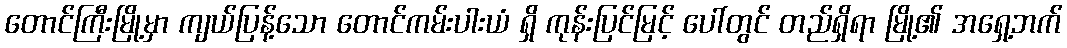
တောင်ကြီးမြို့မှာ ကျယ်ပြန့်သော တောင်ကမ်းပါးယံ ရှိ ကုန်းပြင်မြင့် ပေါ်တွင် တည်ရှိရာ မြို့၏ အရှေ့ဘက်